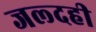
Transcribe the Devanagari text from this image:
जल्‍दही